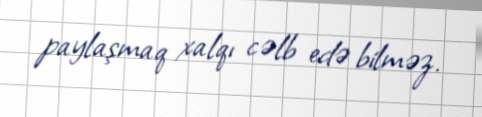
paylaşmaq xalqı cəlb edə bilməz.